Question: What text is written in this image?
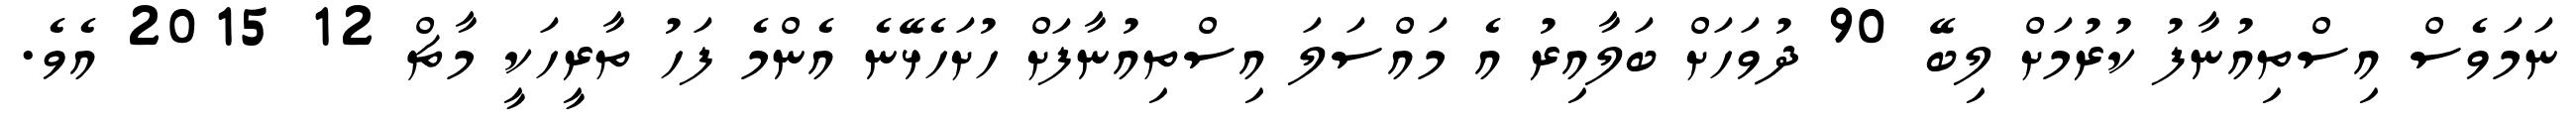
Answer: ނަމަވެސް އިސްތިއުނާފު ކުރުމަށް ލިބޭ 90 ދުވަހަށް ބަލާއިރު އެ މައްސަލަ އިސްތިއުނާފަށް ހުށަހެޅޭނެ އެންމެ ފަހު ތާރީހަކީ މާޗް 12 2015 އެވެ.